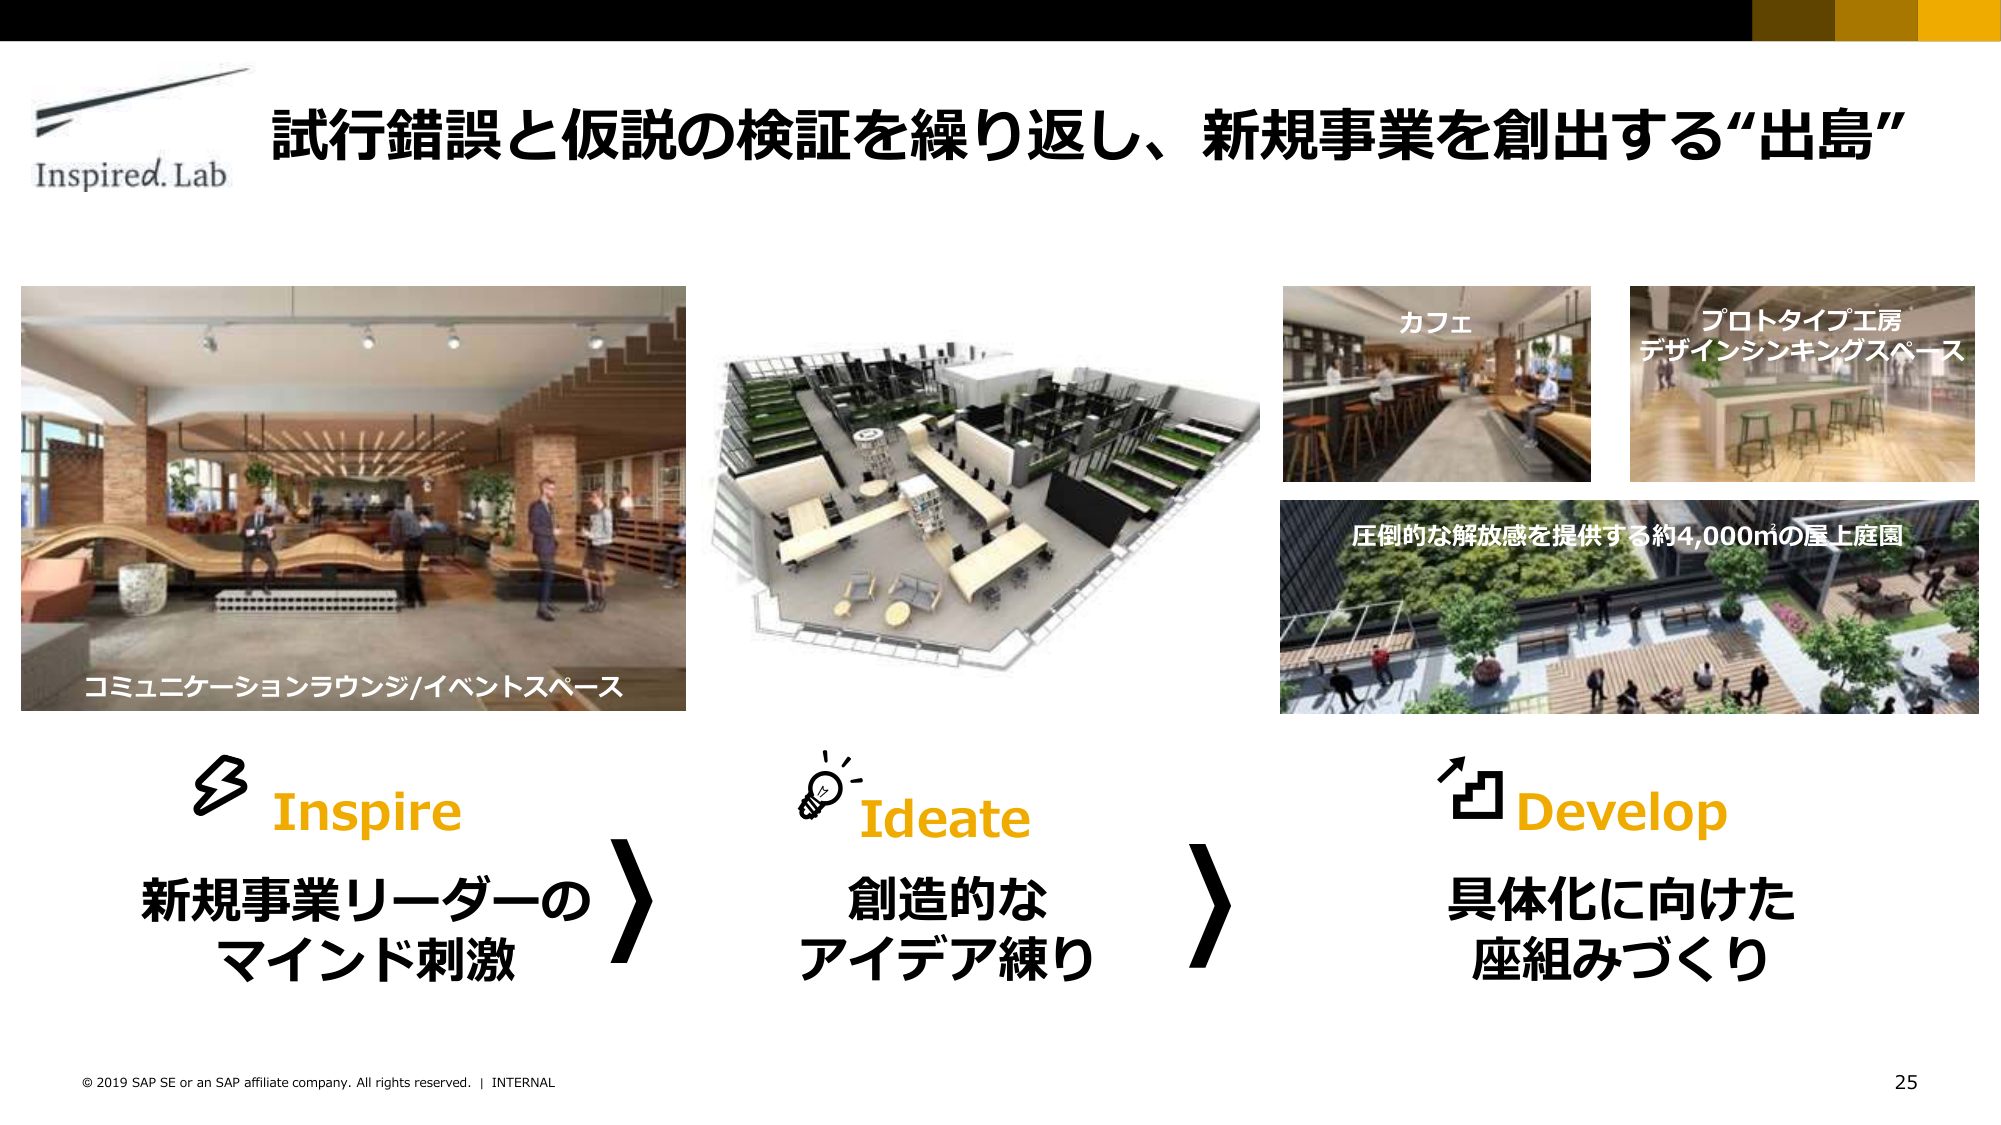
Inspired.Lab
試行錯誤と仮説の検証を繰り返し、新規事業を創出する“出島”
コミュニケーションラウンジ/イベントスペース
カフェ
プロトタイプ工房
デザインシンキングスペース
圧倒的な解放感を提供する約4,000㎡の屋上庭園
Inspire
新規事業リーダーの
マインド刺激
Ideate
創造的な
アイデア練り
Develop
具体化に向けた
座組みづくり
© 2019 SAP SE or an SAP affiliate company. All rights reserved. | INTERNAL
25